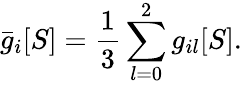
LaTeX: \bar{g}_{i}[S]=\frac{1}{3}\sum_{l=0}^{2}g_{il}[S].